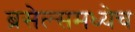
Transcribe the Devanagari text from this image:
ब्रसेल्समध्येच